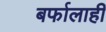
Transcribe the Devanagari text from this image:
बर्फालाही